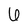
Character: 6